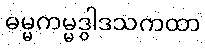
ဓမ္မကမ္မဒွါဒသကထာ